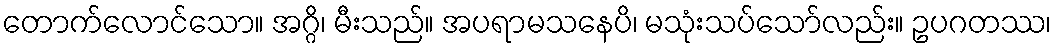
တောက်လောင်သော။ အဂ္ဂိ၊ မီးသည်။ အပရာမသနေပိ၊ မသုံးသပ်သော်လည်း။ ဥပဂတဿ၊